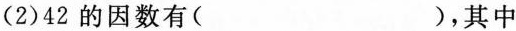
(2)42的因数有( )，其中